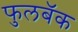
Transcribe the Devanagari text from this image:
फुलबॅक